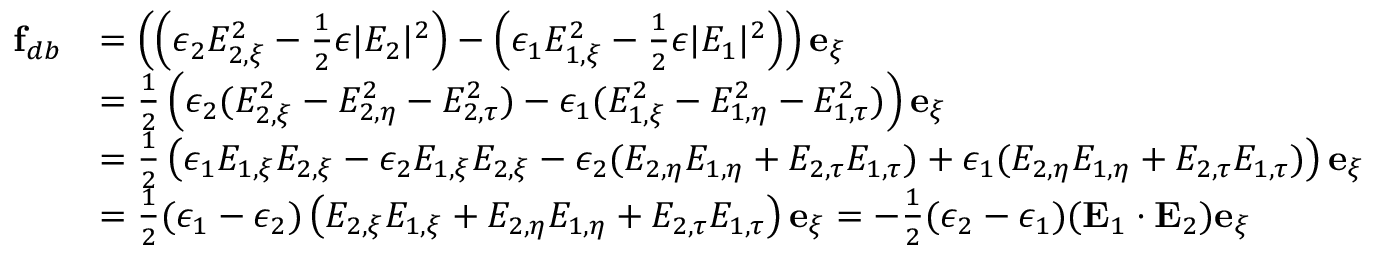
\begin{array} { r l } { \mathbf { f } _ { d b } } & { = \left( \left( \epsilon _ { 2 } E _ { 2 , \xi } ^ { 2 } - \frac { 1 } { 2 } \epsilon | E _ { 2 } | ^ { 2 } \right) - \left( \epsilon _ { 1 } E _ { 1 , \xi } ^ { 2 } - \frac { 1 } { 2 } \epsilon | E _ { 1 } | ^ { 2 } \right) \right) \mathbf { e } _ { \xi } } \\ & { = \frac { 1 } { 2 } \left( \epsilon _ { 2 } ( E _ { 2 , \xi } ^ { 2 } - E _ { 2 , \eta } ^ { 2 } - E _ { 2 , \tau } ^ { 2 } ) - \epsilon _ { 1 } ( E _ { 1 , \xi } ^ { 2 } - E _ { 1 , \eta } ^ { 2 } - E _ { 1 , \tau } ^ { 2 } ) \right) \mathbf { e } _ { \xi } } \\ & { = \frac { 1 } { 2 } \left( \epsilon _ { 1 } E _ { 1 , \xi } E _ { 2 , \xi } - \epsilon _ { 2 } E _ { 1 , \xi } E _ { 2 , \xi } - \epsilon _ { 2 } ( E _ { 2 , \eta } E _ { 1 , \eta } + E _ { 2 , \tau } E _ { 1 , \tau } ) + \epsilon _ { 1 } ( E _ { 2 , \eta } E _ { 1 , \eta } + E _ { 2 , \tau } E _ { 1 , \tau } ) \right) \mathbf { e } _ { \xi } } \\ & { = \frac { 1 } { 2 } ( \epsilon _ { 1 } - \epsilon _ { 2 } ) \left( E _ { 2 , \xi } E _ { 1 , \xi } + E _ { 2 , \eta } E _ { 1 , \eta } + E _ { 2 , \tau } E _ { 1 , \tau } \right) \mathbf { e } _ { \xi } = - \frac { 1 } { 2 } ( \epsilon _ { 2 } - \epsilon _ { 1 } ) ( \mathbf { E } _ { 1 } \cdot \mathbf { E } _ { 2 } ) \mathbf { e } _ { \xi } } \end{array}